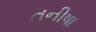
તનીષા